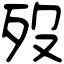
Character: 歿